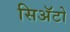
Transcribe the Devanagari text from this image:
सिअॅटो